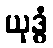
ယုဒ္ဓံ